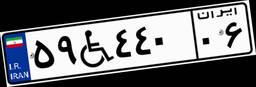
۵۹W۴۴۰۰۶